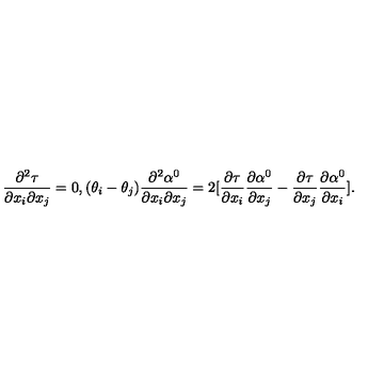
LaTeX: \frac { \partial ^ { 2 } \tau } { \partial x _ { i } \partial x _ { j } } = 0 , ( \theta _ { i } - \theta _ { j } ) \frac { \partial ^ { 2 } \alpha ^ { 0 } } { \partial x _ { i } \partial x _ { j } } = 2 [ \frac { \partial \tau } { \partial x _ { i } } \frac { \partial \alpha ^ { 0 } } { \partial x _ { j } } - \frac { \partial \tau } { \partial x _ { j } } \frac { \partial \alpha ^ { 0 } } { \partial x _ { i } } ] .